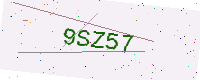
Text: 9SZ57